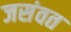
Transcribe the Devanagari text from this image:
जसंवत